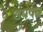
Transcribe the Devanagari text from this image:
उपपन्न